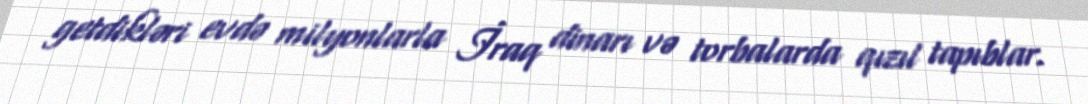
getdikləri evdə milyonlarla İraq dinarı və torbalarda qızıl tapıblar.